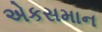
એકસમાન